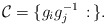
\begin{align*}\mathcal{C} = \{g_ig_j^{-1}\,:\,\}.\end{align*}